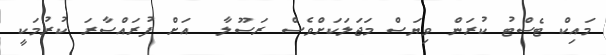
މައިކް ޓެސްޓު ކުރަން ވިޔަސް މަޖަލަކަށްވެސް ރަސޫލާ  އަށް ފުރައްސާރަ ކުރުމަކީ